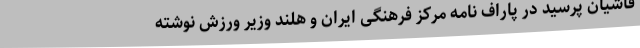
فاشیان پرسید در پاراف نامه مرکز فرهنگی ایران و هلند وزیر ورزش نوشته